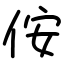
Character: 侒